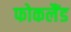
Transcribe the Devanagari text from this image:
फोकलैंड